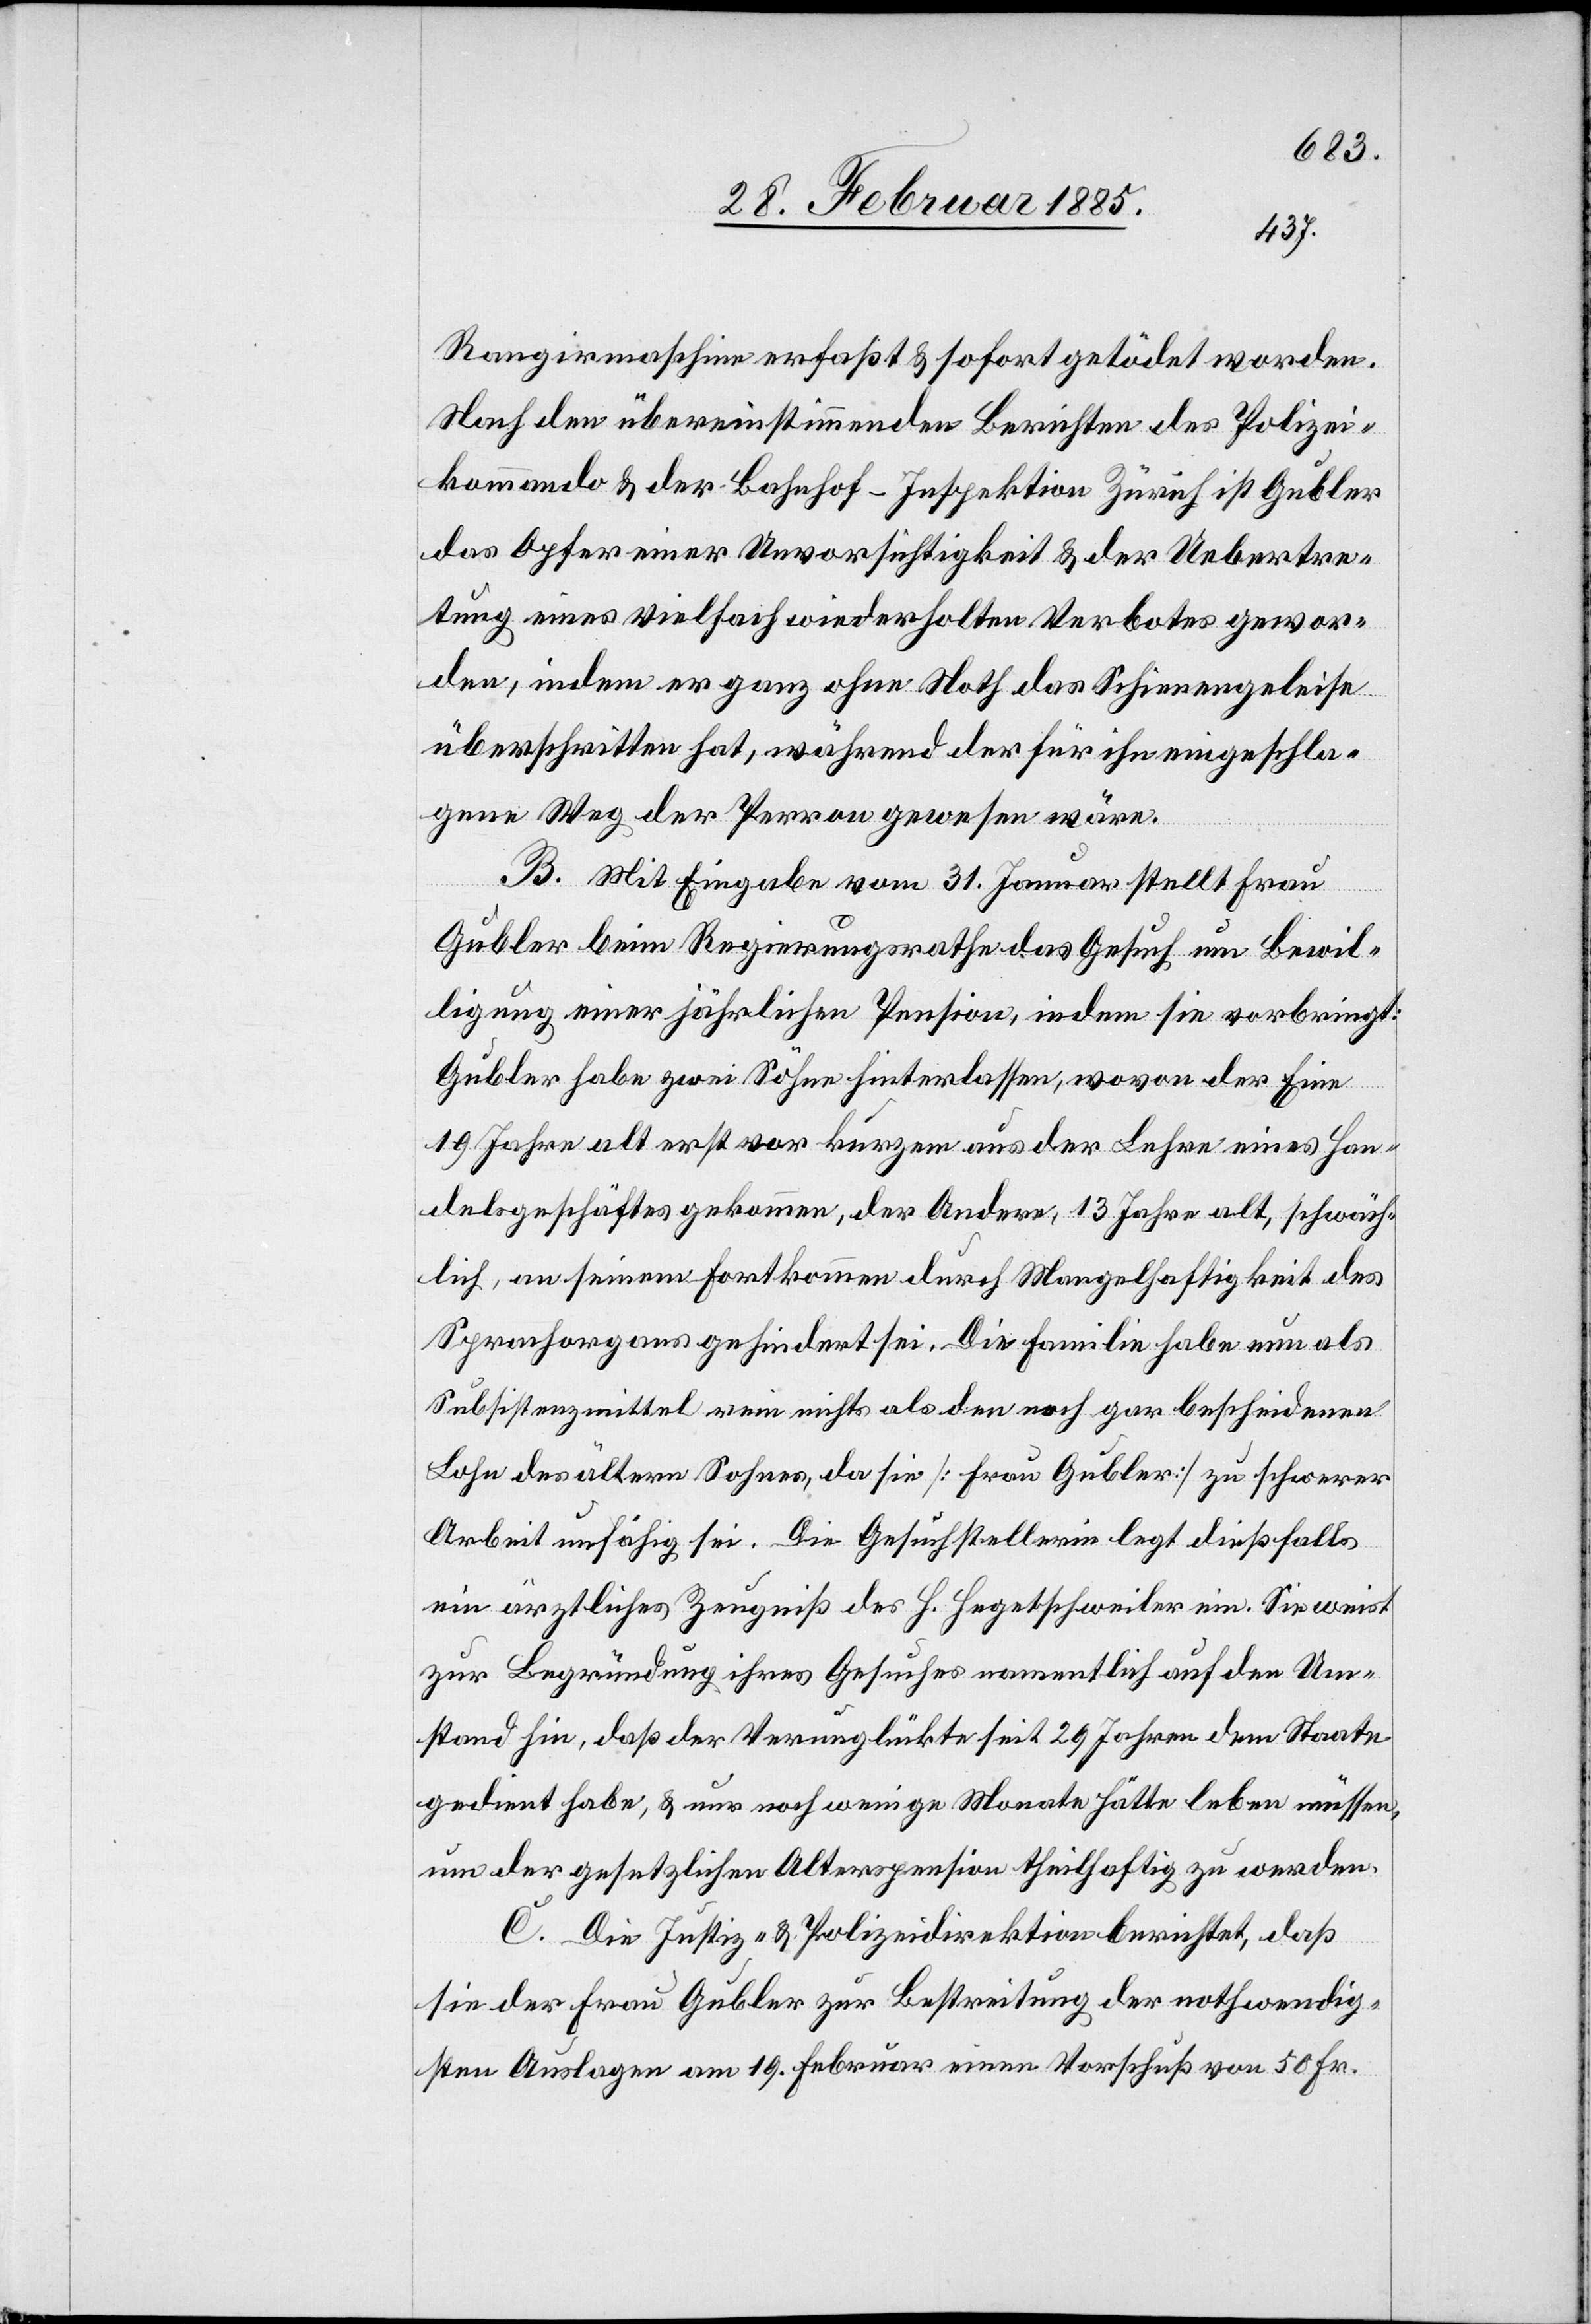
Rangiermaschine erfaßt & sofort getödet worden.
Nach den übereinstimmenden Berichten des Polizei¬
kommando & der Bahnhof-Inspektion Zürich ist Gubler
das Opfer einer Unvorsichtigkeit & der Uebertre¬
tung eines vielfach wiederholten Verbotes gewor¬
den, indem er ganz ohne Noth das Schienengeleise
überschritten hat, während der für ihn eingeschla¬
gene Weg der Perron gewesen wäre.
B. Mit Eingabe vom 31. Januar stellt Frau
Gubler beim Regierungsrathe das Gesuch um Bewil¬
ligung einer jährlichen Pension, indem sie vorbringt:
Gubler habe zwei Söhne hinterlassen, wovon der Eine
19 Jahre alt erst vor kurzem aus der Lehre eines Han¬
delsgeschäftes gekommen, der andere, 13 Jahre alt, schwäch¬
lich, an seinem Fortkommen durch Mangelhaftigkeit des
Sprachorganes gehindert sei. Die Familie habe nun als
Subsistenzmittel rein nichts als den noch gar bescheidenen
Lohn des ältern Sohnes, da sie [Frau Gubler] zu schwerer
Arbeit unfähig sei. Die Gesuchstellerin legt dießfalls
ein ärztliches Zeugniß des H. Hegetschweiler ein. Sie weist
zur Begründung ihres Gesuches namentlich auf den Um¬
stand hin, daß der Verunglückte seit 29 Jahren dem Staate
gedient habe, & nur noch wenige Monate hätte leben müssen,
um der gesetzlichen Alterspension theilhaftig zu werden.
C. Die Justiz- & Polizeidirektion berichtet, daß
sie der Frau Gubler zur Bestreitung der nothwendig¬
en Auslagen am 19. Februar einen Vorschuß von 50 Fr.